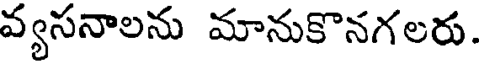
వ్యసనాలను మానుకొనగలరు.